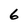
Character: 6